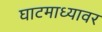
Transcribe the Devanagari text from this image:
घाटमाध्यावर